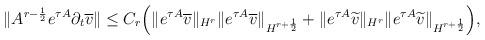
LaTeX: \begin{align*} \| A^{r-\frac{1}{2}}&e^{\tau A} \partial_t \overline{v} \| \leq C_r \Big( \|e^{\tau A} \overline{v} \|_{H^{r}} \|e^{\tau A} \overline{v} \|_{H^{r+\frac{1}{2}}} + \|e^{\tau A} \widetilde{v} \|_{H^{r}} \|e^{\tau A} \widetilde{v} \|_{H^{r+\frac{1}{2}}} \Big), \end{align*}